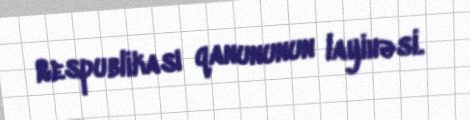
Respublikası qanununun layihəsi.